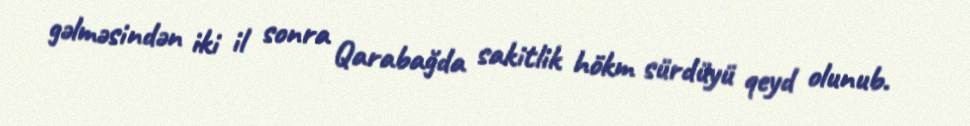
gəlməsindən iki il sonra Qarabağda sakitlik hökm sürdüyü qeyd olunub.